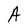
Character: A